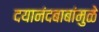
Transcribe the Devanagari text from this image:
दयानंदबाबांमुळे